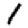
Digit: 1